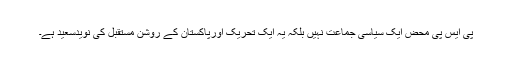
پی ایس پی محض ایک سیاسی جماعت نہیں بلکہ یہ ایک تحریک اورپاکستان کے روشن مستقبل کی نویدسعید ہے۔